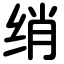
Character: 绡